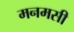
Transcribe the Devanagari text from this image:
मनमसी